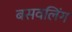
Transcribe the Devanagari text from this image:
बसवलिंग